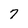
Character: 7